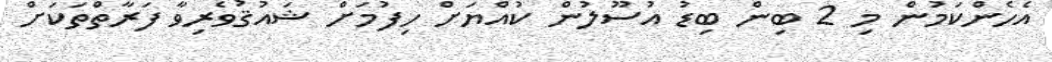
އެހެންކަމުން މި 2 ބިން ބިޑު އުސޫލުން ކުއްޔަށް ހިފުމަށް ޝައުޤުވެރިވާ ފަރާތްތަކަށް